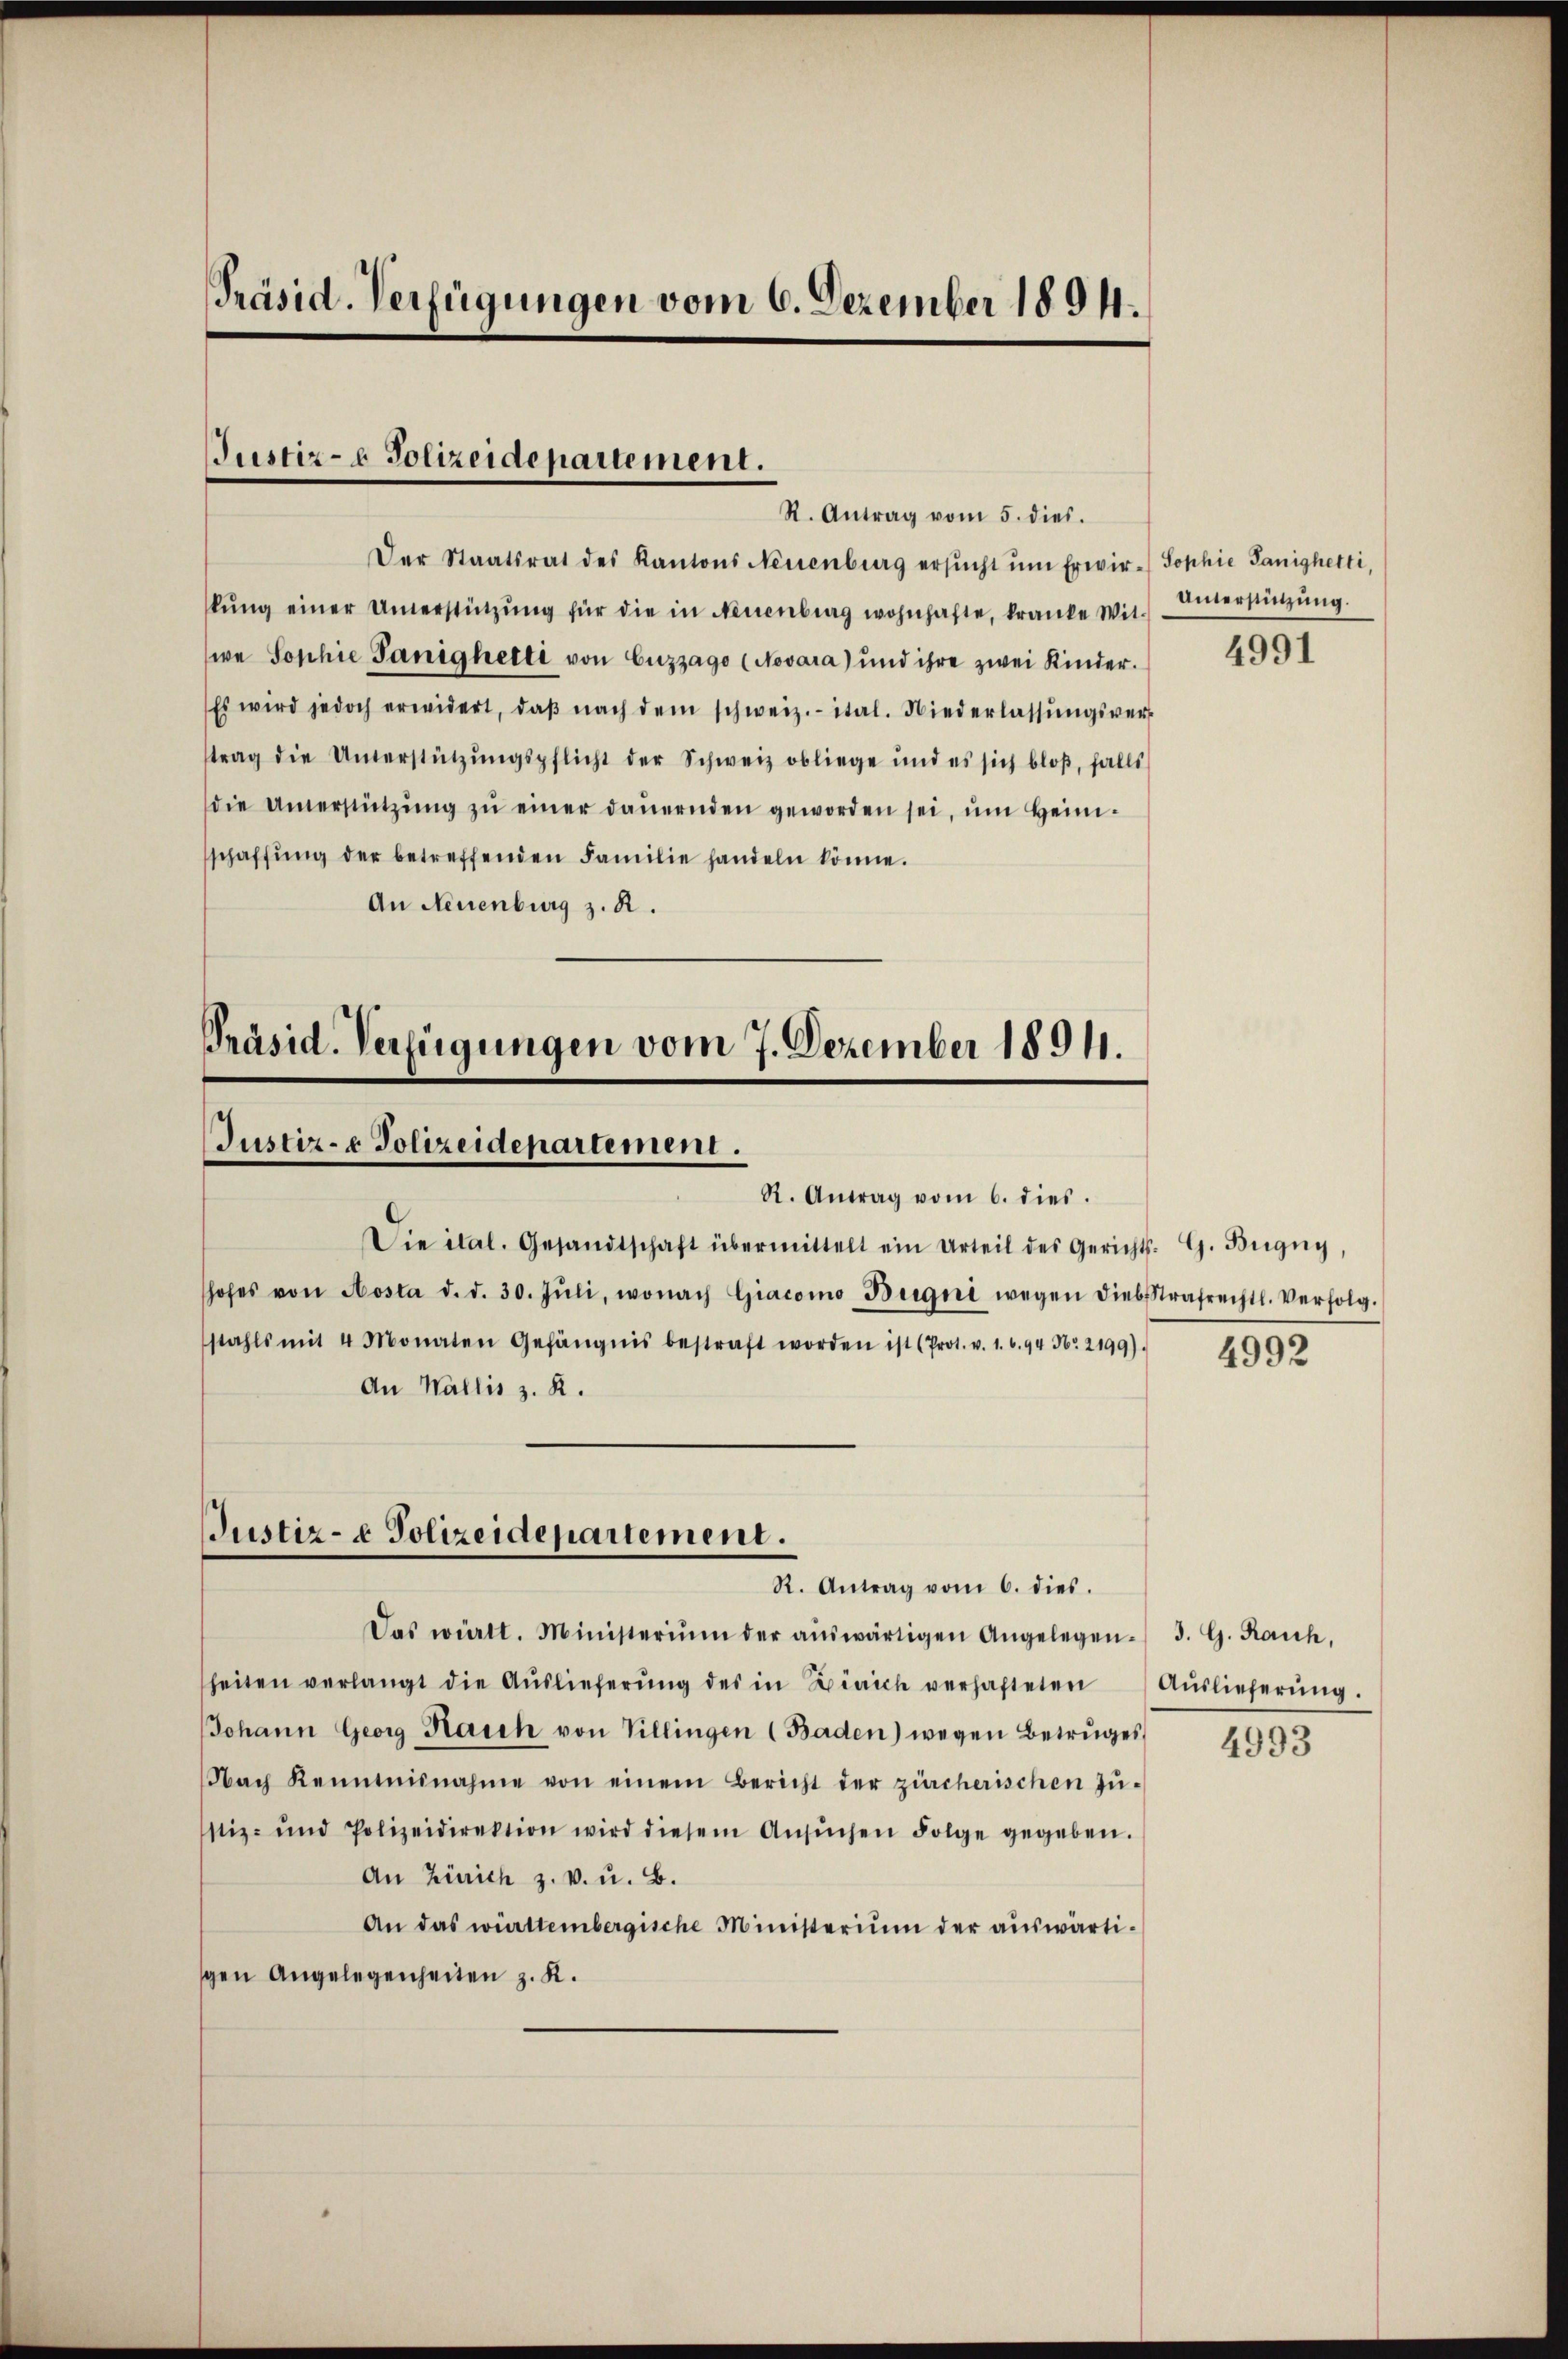
Präsid. Verfügungen vom 6. Dezember 1894.

Justiz- & Polizeidepartement.
St. Antrag vom 5. dies.

Der Staatsrat des Kantons Neuenburg ersŭcht ŭm Erwir-Sophie Panighetti,
kŭng einer Unerstützŭng für die in Neuenburg wohnhafte, kranke Wit-
we Sophie Panighetti von Cuzzago (Novara) und ihre zwei Kinder.
Es wird jedoch erwidert, daβ nach dem schweiz.- ital. Niederlassŭngsvertrag die Unterstützŭngspflicht der Schweiz obliege und es sich bloβ, falls
die Unterstützŭng zŭ einer daŭernden geworden sei, ŭm Heim-
schaffŭng der betreffenden Familie handeln könne.
An Neuenburg z. R.

Präsid. Verfügungen vom 7. Dezember 1891.
Justiz- & Polizeidepartemen.

R. Antrag vom 6. dies.
Die ital. Gesandtschaft übermittelt ein Urteil des Gerichts- G. Bügny,
hofes von Aosta d. d. 30. Jŭli, wonach Giacomo Begni wegen diebstrafrechtl. Verfolg.
stahls mit 4 Monaten Gefängnis bestraft worden ist (Prot. v. 1. 6.94 Nr. 2199).
An Wallis z. R.

Justiz- & Polizeidepartement.

Das württ. Ministerium der aŭswärtigen Angelegen. J. G. Rauch,
heiten verlangt die Aŭslieferŭng des in Zürich verhafteten Aŭslieferŭng.
Johann Georg Rauch von Villingen (Baden) wegen Betruges
Nach Kenntnisnahme von einem Bericht der zürcherischen Zŭ-
stiz- und Polizeidirektion wird diesem Ansŭchen Folge gegeben.
An Zürich z. B. u. B.
An das württembergische Ministerium der auswärtigen Angelegenheiten z. K.

R. Antrag vom 6. dies.

Unterstützung.

4991

4992

4993